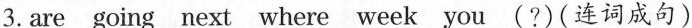
3. are going next where week you (?)(连词成句)